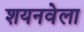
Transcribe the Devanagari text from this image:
शयनवेला